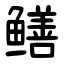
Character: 鳝